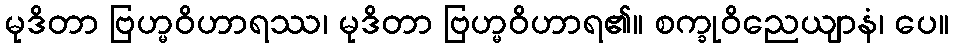
မုဒိတာ ဗြဟ္မဝိဟာရဿ၊ မုဒိတာ ဗြဟ္မဝိဟာရ၏။ စက္ခုဝိညေယျာနံ၊ ပေ။